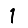
Digit: 1